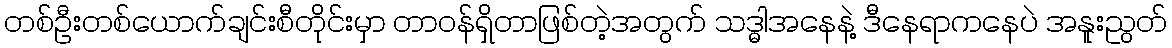
တစ်ဦးတစ်ယောက်ချင်းစီတိုင်းမှာ တာဝန်ရှိတာဖြစ်တဲ့အတွက် သဒ္ဓါအနေနဲ့ ဒီနေရာကနေပဲ အနူးညွတ်